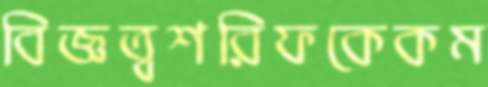
বিজ্ঞত্বশরিফকেকম